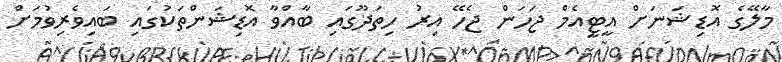
މާލޭގެ އޮޑިޝަނަށް އީޓީއެމް ޖަހަން ޖެހޭ އިރު ހިތަދޫގައި ބާއްވާ އޮޑިޝަންތަކުގައި ބައިވެރިވުމަށް